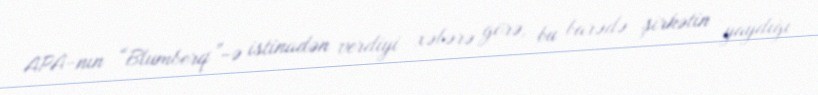
APA-nın “Blumberq”-ə istinadən verdiyi xəbərə görə, bu barədə şirkətin yaydığı